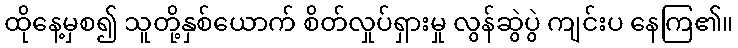
ထိုနေ့မှစ၍ သူတို့နှစ်ယောက် စိတ်လှုပ်ရှားမှု လွန်ဆွဲပွဲ ကျင်းပ နေကြ၏။